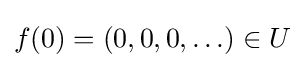
f(0)=(0,0,0,\ldots )\in U